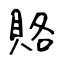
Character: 賂